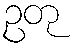
ဥတု